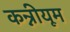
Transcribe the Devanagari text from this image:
कन्नीयूम